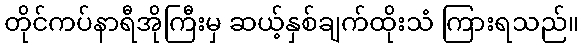
တိုင်ကပ်နာရီအိုကြီးမှ ဆယ့်နှစ်ချက်ထိုးသံ ကြားရသည်။